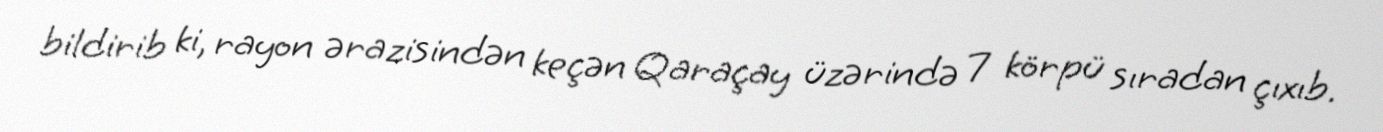
bildirib ki, rayon ərazisindən keçən Qaraçay üzərində 7 körpü sıradan çıxıb.